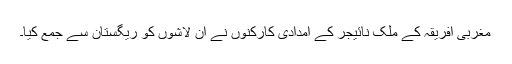
مغربی افریقہ کے ملک نائیجر کے امدادی کارکنوں نے ان لاشوں کو ریگستان سے جمع کیا۔